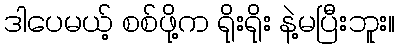
ဒါပေမယ့် စစ်ဖို့က ရိုးရိုး နဲ့မပြီးဘူး။